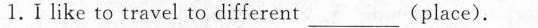
1.ǐlike to travel to different___(place).